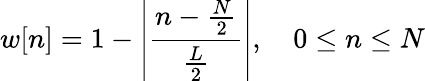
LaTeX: w[n]=1-\left|{\frac{n-{\frac{N}{2}}}{\frac{L}{2}}}\right|,\quad 0\leq n\leq N